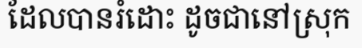
ដែលបានរំដោះ ដូចជានៅស្រុក